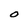
Character: O